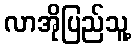
လာအိုပြည်သူ့